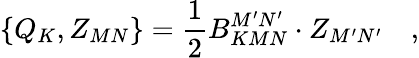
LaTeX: \left\{ Q_{K},Z_{MN}\right\} =\frac 12B_{KMN}^{M^{\prime}N^{\prime}}\cdot Z_{M^{\prime}N^{\prime}}\quad,